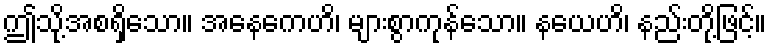
ဤသို့အစရှိသော။ အနေကေဟိ၊ များစွာကုန်သော။ နယေဟိ၊ နည်းတို့ဖြင့်။